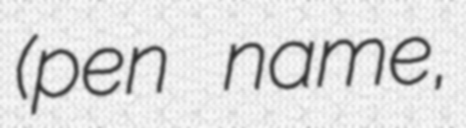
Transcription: (pen name,